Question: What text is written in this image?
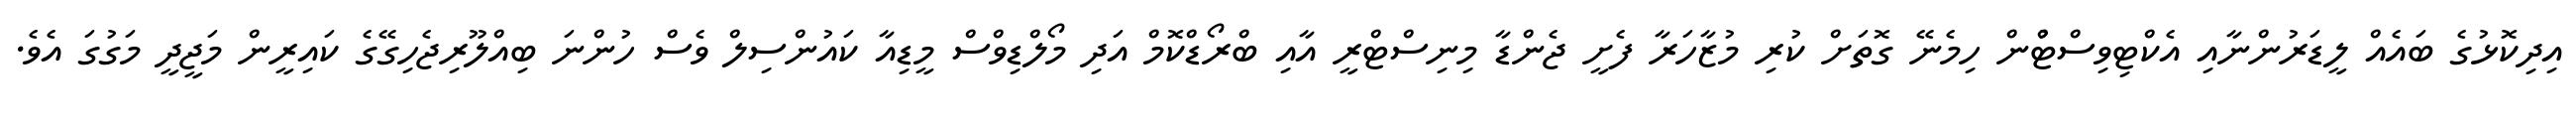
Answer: އިދިކޮޅުގެ ބައެއް ލީޑަރުންނާއި އެކްޓިވިސްޓްުން ހިމެނޭ ގޮތަށް ކުރި މުޒާހަރާ ފެށީ ޖެންޑާ މިނިސްޓްރީ އާއި ބްރޯޑްކޮމް އަދި މޯލްޑިވްސް މީޑިއާ ކައުންސިލް ވެސް ހުންނަ ބިއްލޫރިޖެހިގޭގެ ކައިރީން މަޖީދީ މަގުގަ އެވެ.